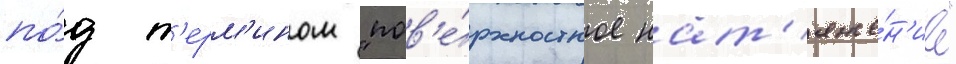
по́д т'ерм'ином "пов'е́рхностное нат'яже́н'ие"